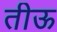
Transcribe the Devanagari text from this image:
तीऊ